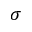
\sigma